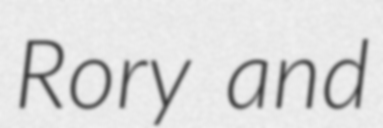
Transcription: Rory and